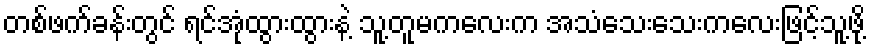
တစ်ဖက်ခန်းတွင် ရင်အုံထွားထွားနဲ့ သူ့တူမကလေးက အသံသေးသေးကလေးဖြင့်သူ့ဖို့